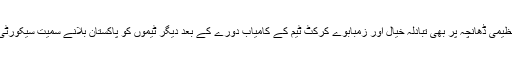
اجلاس میں ڈومیسٹک کرکٹ کے تنظیمی ڈھانچہ پر بھی تبادلہ خیال اور زمبابوے کرکٹ ٹیم کے کامیاب دورے کے بعد دیگر ٹیموں کو پاکستان بلانے سمیت سیکورٹی اور دیگر امور بھی زیر غور آئے۔